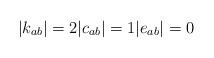
LaTeX: \begin{align*}|k_{ab}| = 2 |c_{ab}| = 1 |e_{ab}| = 0\end{align*}